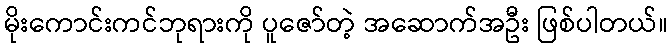
မိုးကောင်းကင်ဘုရားကို ပူဇော်တဲ့ အဆောက်အဦး ဖြစ်ပါတယ်။